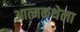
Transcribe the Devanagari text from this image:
आत्मकथेला